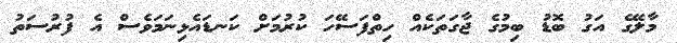
މާލޭގެ އަގު ބޮޑު ބިމުގެ ޖާގަތަކެއް ހިތްފަސޭހަ ކުރުމަށް ކަނޑައެޅިނަމަވެސް އެ ފުރުސަތު